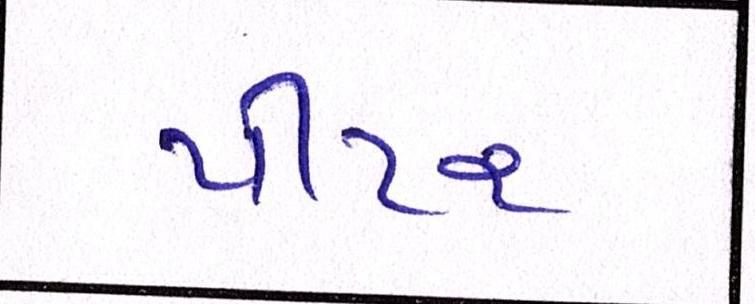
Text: પીટર